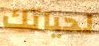
لحياتك